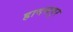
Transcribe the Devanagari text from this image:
हादसपुर